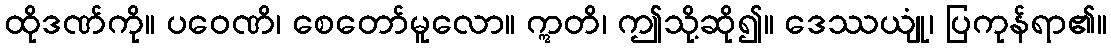
ထိုဒဏ်ကို။ ပဝေဏိ၊ စေတော်မူလော။ ဣတိ၊ ဤသို့ဆို၍။ ဒေဿယျုံ၊ ပြကုန်ရာ၏။